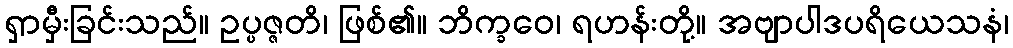
ရှာမှီးခြင်းသည်။ ဥပ္ပဇ္ဇတိ၊ ဖြစ်၏။ ဘိက္ခဝေ၊ ရဟန်းတို့။ အဗျာပါဒပရိယေသနံ၊